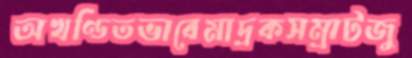
অখণ্ডিতভাবেমাদ্রকসম্রাটজু